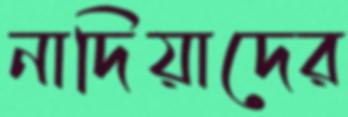
নাদিয়াদের